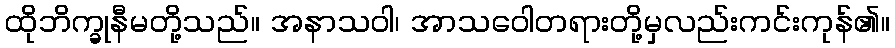
ထိုဘိက္ခုနီမတို့သည်။ အနာသဝါ၊ အာသဝေါတရားတို့မှလည်းကင်းကုန်၏။